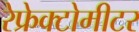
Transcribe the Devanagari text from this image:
रेफ्रेक्टोमीटर